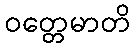
ဝတ္တေမာတိ